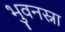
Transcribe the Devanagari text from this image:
भुवनस्ना